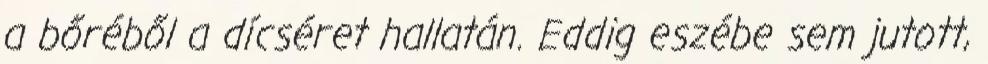
a bőréből a dícséret hallatán. Eddig eszébe sem jutott,